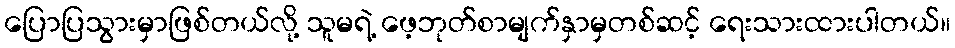
ပြောပြသွားမှာဖြစ်တယ်လို့ သူမရဲ့ ဖေ့ဘုတ်စာမျက်နှာမှတစ်ဆင့် ရေးသားထားပါတယ်။